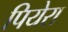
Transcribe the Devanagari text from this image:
पियेरा